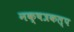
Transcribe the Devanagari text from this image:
नक्षत्रकल्प